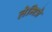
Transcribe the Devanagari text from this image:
लेमित्रे